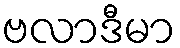
ဗလာဒီမာ